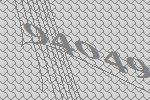
94049